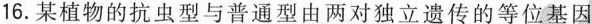
16.某植物的抗虫型与普通型由两对独立遗传的等位基因